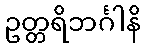
ဥတ္တရိဘင်္ဂါနိ